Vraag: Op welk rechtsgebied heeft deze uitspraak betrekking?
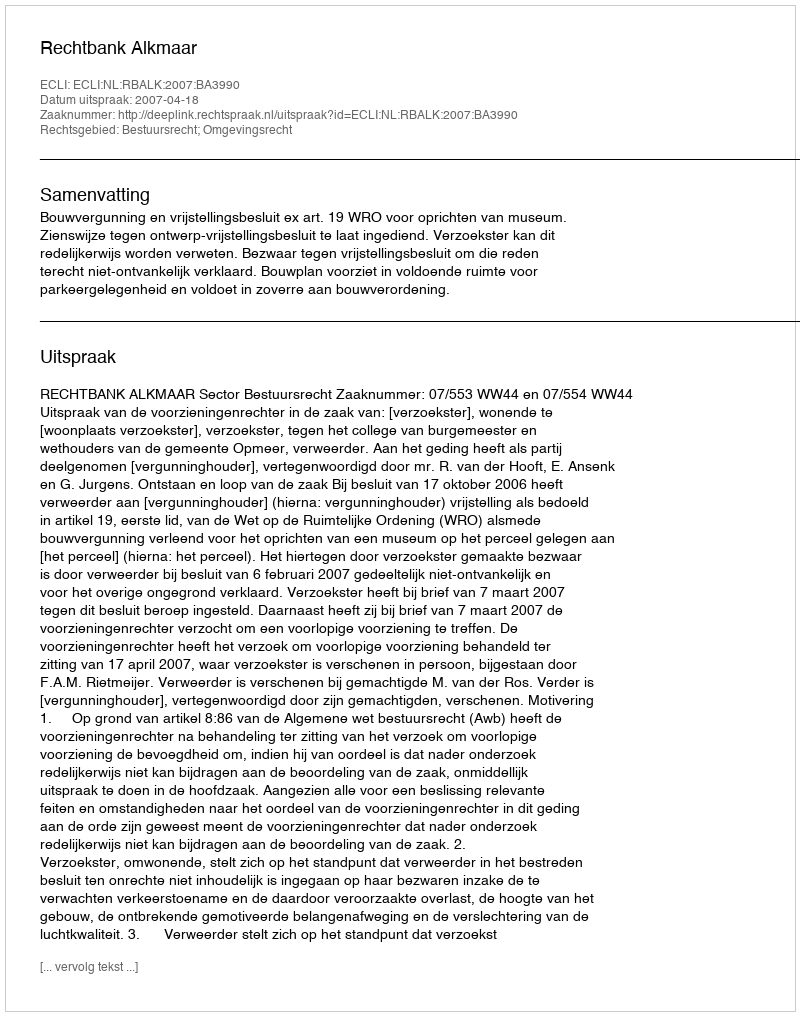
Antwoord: Bestuursrecht; Omgevingsrecht